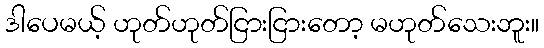
ဒါပေမယ့် ဟုတ်ဟုတ်ငြားငြားတော့ မဟုတ်သေးဘူး။